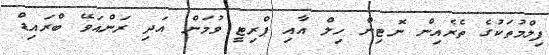
ފިލްމުތަކުގެ ތެރެއިން ނޮޓިން ހިލް އާއި ޕްރިޓީ ވުމަން އަދި ރަންއަވޭ ބްރައިޑް